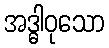
အဒ္ဓါဝုသော